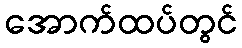
အောက်ထပ်တွင်